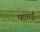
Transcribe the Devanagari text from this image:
पछाई